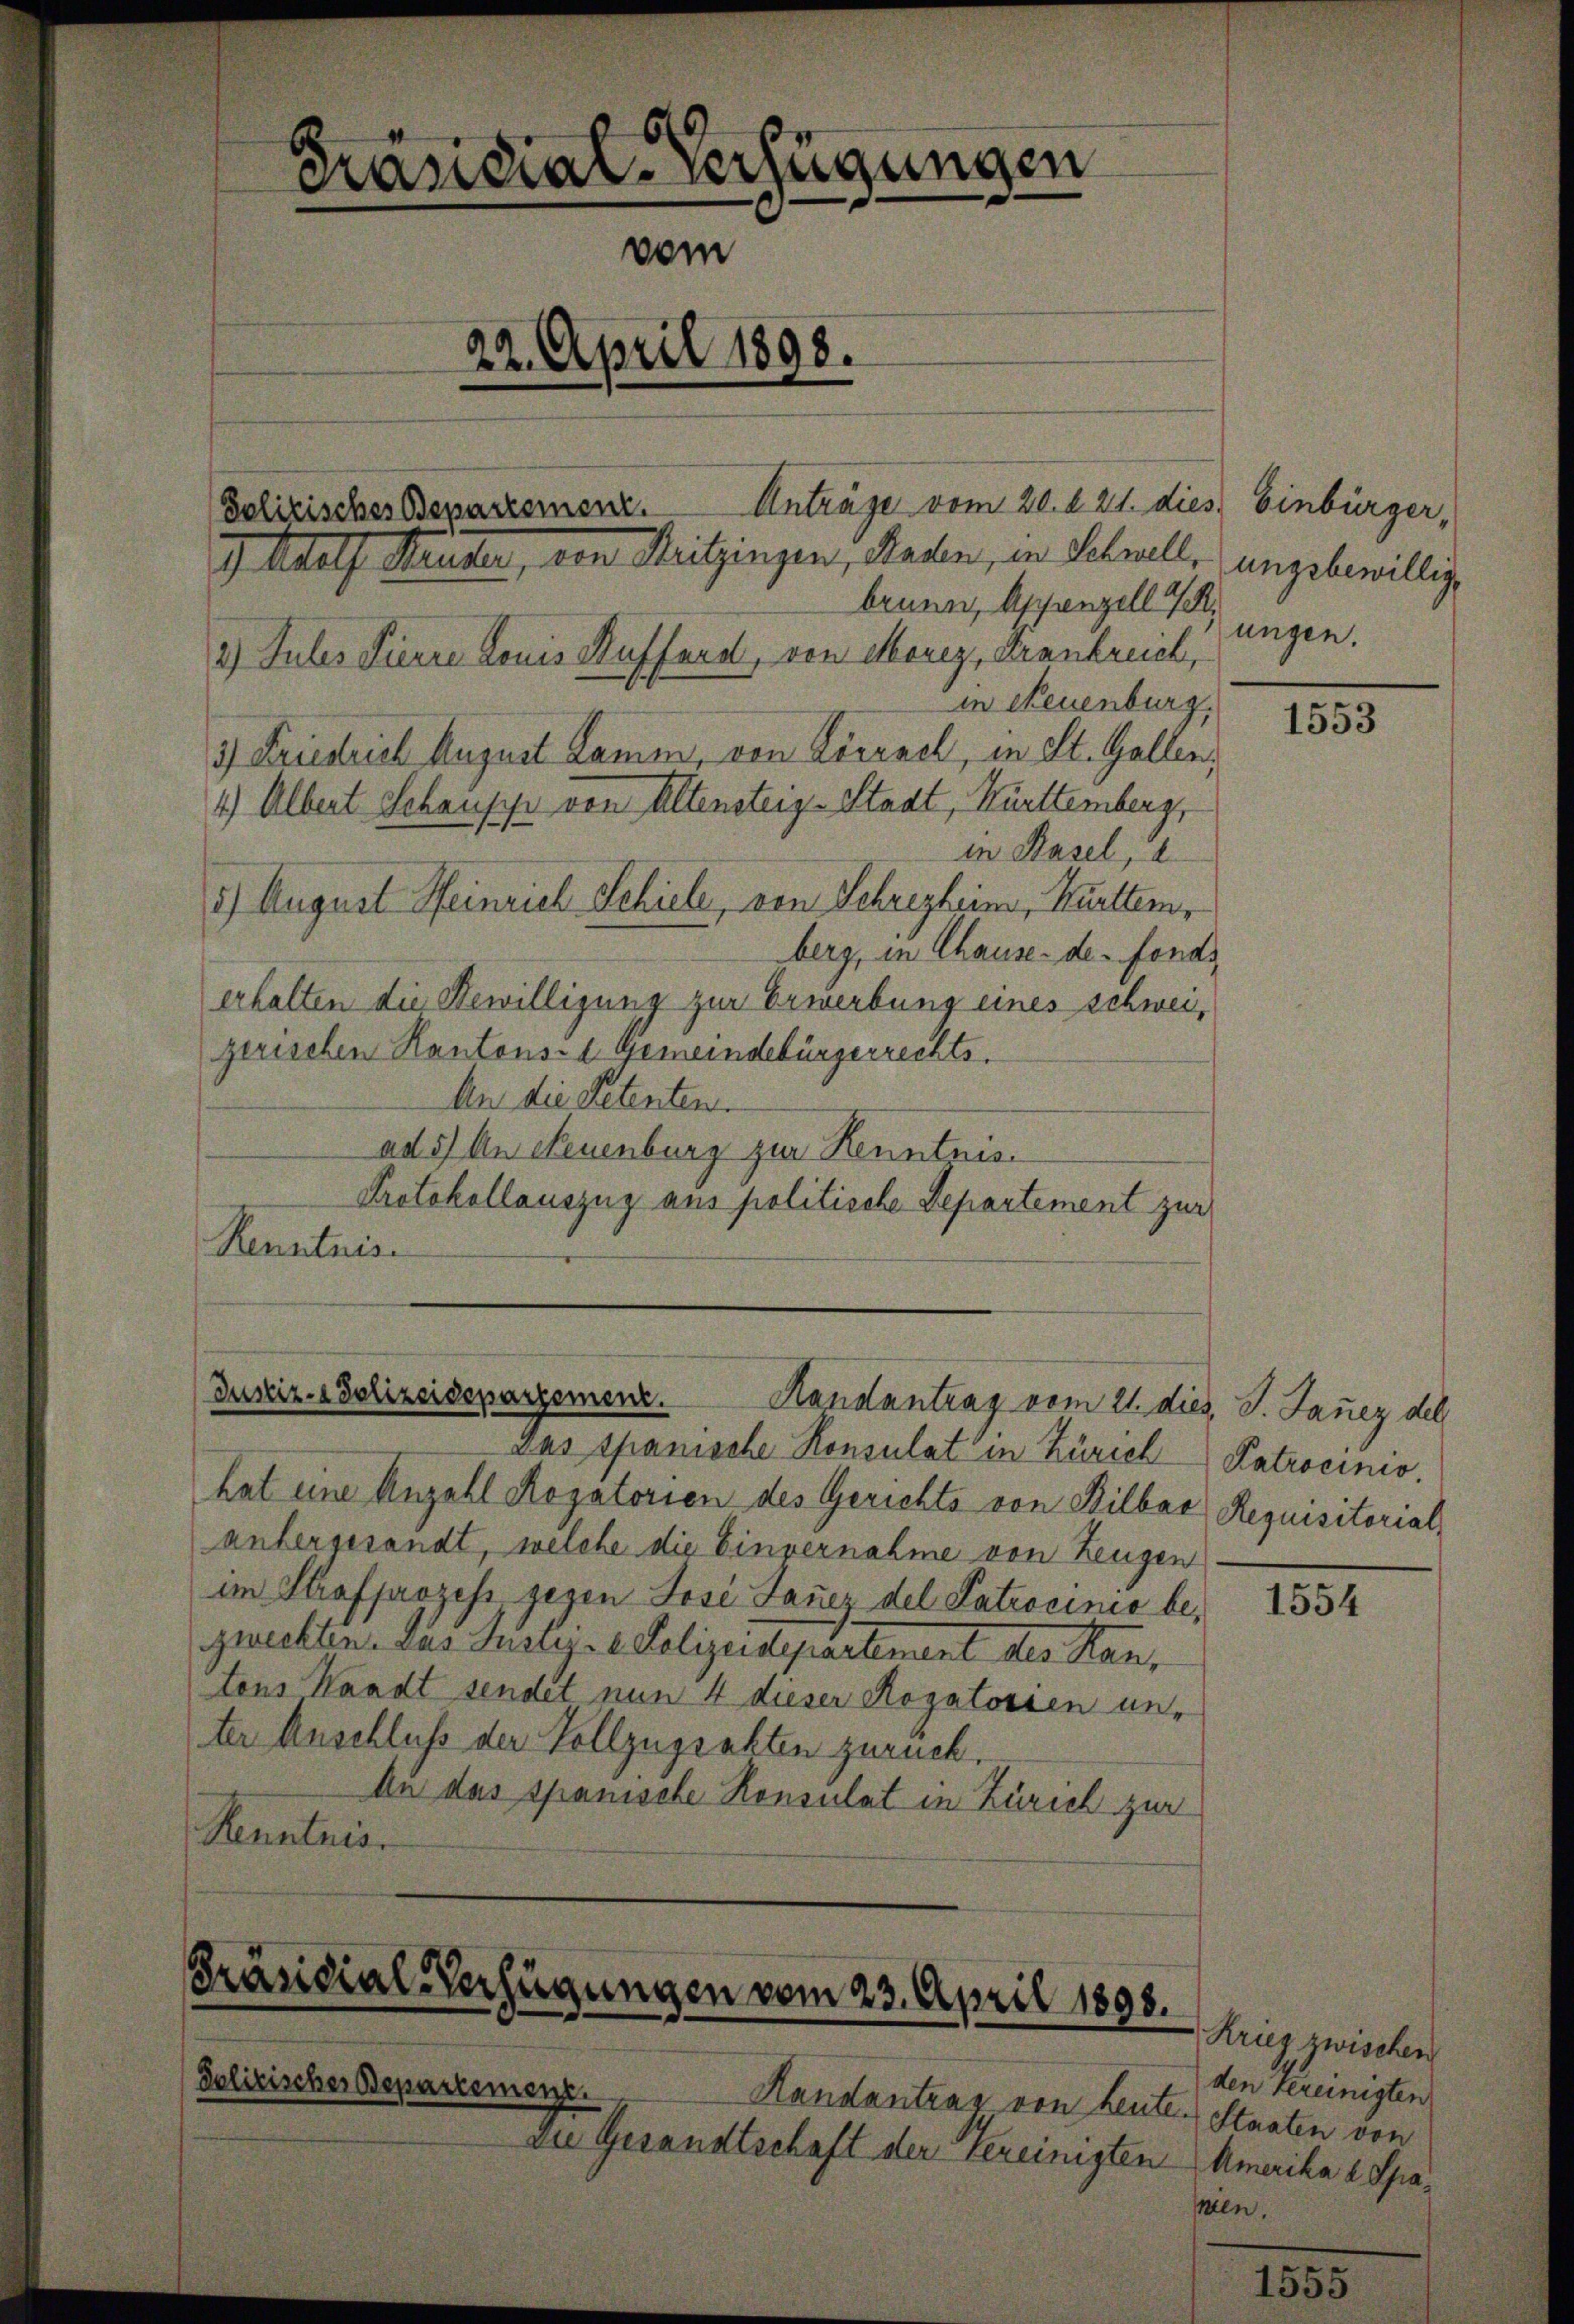
6.
Präsidial-Verfügungen
vom
22. April 1898.
Polizischer Beparzerenz. Anträge vom 20. d. 21. dies Einbürger,
I) Adolf Seiter, von Mitzingen, Raden, in Schnell, angsbewillig

brunn, Appenzell I.
2.) Julis Pierre Louis Ruffand, von Morez, Frankreich,
in Neuenburg.
3) Friestrich August Lamm, von Lörrach, in St. Gallen,
1.) Albert Schausp von Altenstenz-Stadt, Württemberg,
in Basel, d
1) August Heinrich Schiele, von Schrezheim, Württemberg, in Chause de fonds
erhalten die Bewilligung zur Erwerbung eines schweigerischen Kantons- Gemeindebürgerrechts.
An die Petenten.
ad 5) An Neuenburg zur Kenntnis
Protokollauszug aus politische Departement zur
Renntnis

Justiz- Polizeidepartement.
Handantrag vom 21. dies J. Janez del

Das spanische Konsulat in Zürich Patrocinio.
hat eine Anzahl Rogatorien des Gerichts von Bilbar Requisitorial,
antergesandt, welche die Einvernahme von Zeugen
im Strafprozess gegen Jose Dauer del Patrocinis bezurichten. Das Justiz- & Polizeisepartement des Kantons Waadt sendet nun 4 dieser Rogatorien unter Anschluss der Vollzugrakten zurück.
An das spanische Konsulat in Zürich zur
Kenntnis.

Präsidial-Verfügungen vom 23. April 1898.

Polizischer Departemenz. Handantrag von Leute. Staaten von
die Gesandtschaft der Vereinigten Amerika l Spa¬

jungen.

1553

1554

Krieg zwischen
den bereinigten
men.

e
1535